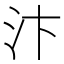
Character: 汴